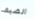
الضيف